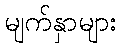
မျက်နှာများ